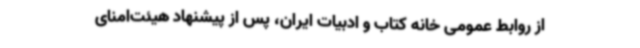
از روابط عمومی خانه کتاب و ادبیات ایران، پس از پیشنهاد هیئت‌امنای